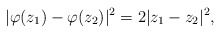
\begin{align*}|\varphi(z_1) - \varphi(z_2)|^2 = 2|z_1 - z_2|^2,\end{align*}